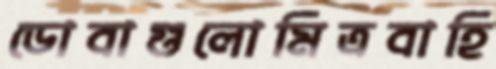
ডোবাগুলোমিত্রবাহি